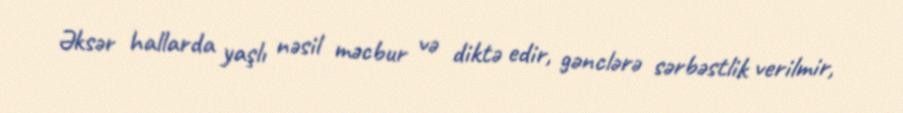
Əksər hallarda yaşlı nəsil məcbur və diktə edir, gənclərə sərbəstlik verilmir,